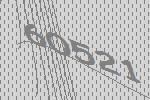
60521